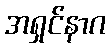
အရှင်နာဂ